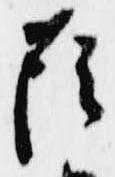
蔭